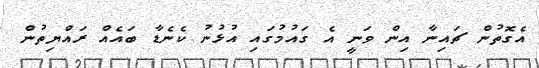
އެގޮތުން ޗައިނާ އިން ވަނީ އެ ގައުމުގައި އުޅުނު ކެނެޑާ ބައެއް ރައްޔިތުން